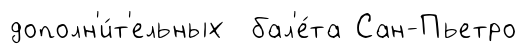
дополн'и́т'ельных бал'е́та Сан-Пьетро